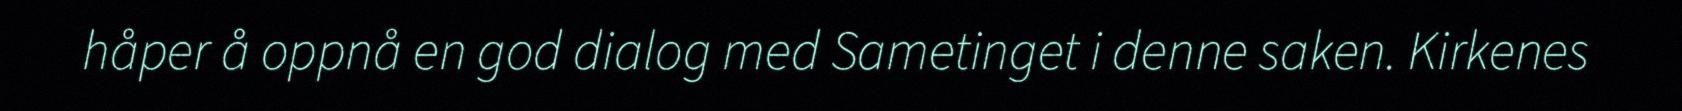
håper å oppnå en god dialog med Sametinget i denne saken. Kirkenes